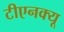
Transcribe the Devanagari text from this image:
टीएनक्यू